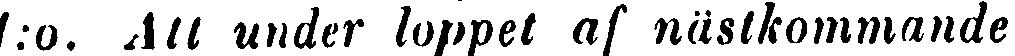
1:o. Att under loppet af nästkommande